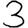
Digit: 3